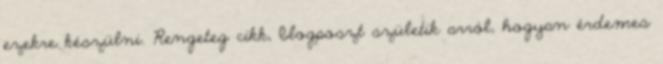
ezekre készülni. Rengeteg cikk, blogposzt születik arról, hogyan érdemes